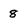
Character: 8